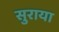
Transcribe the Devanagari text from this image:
सुराया